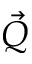
\vec { Q }